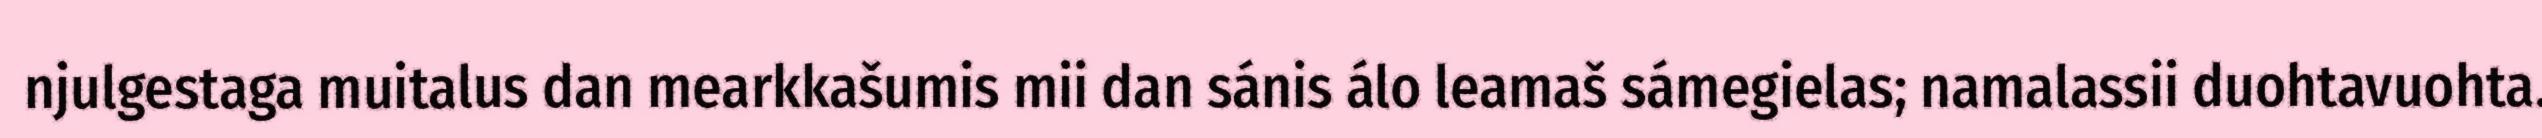
njulgestaga muitalus dan mearkkašumis mii dan sánis álo leamaš sámegielas; namalassii duohtavuohta.